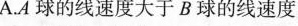
A.A球的线速度大于B球的线速度